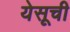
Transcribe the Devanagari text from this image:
येसूची